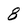
Character: 8